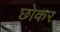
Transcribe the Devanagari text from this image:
छोकर